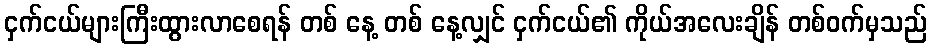
ငှက်ငယ်များကြီးထွားလာစေရန် တစ် နေ့ တစ် နေ့လျှင် ငှက်ငယ်၏ ကိုယ်အလေးချိန် တစ်ဝက်မှသည်